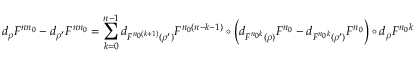
d _ { \rho } F ^ { n n _ { 0 } } - d _ { \rho ^ { \prime } } F ^ { n n _ { 0 } } = \sum _ { k = 0 } ^ { n - 1 } d _ { F ^ { n _ { 0 } ( k + 1 ) } ( \rho ^ { \prime } ) } F ^ { n _ { 0 } ( n - k - 1 ) } \circ \left( d _ { F ^ { n _ { 0 } k } ( \rho ) } F ^ { n _ { 0 } } - d _ { F ^ { n _ { 0 } k } ( \rho ^ { \prime } ) } F ^ { n _ { 0 } } \right) \circ d _ { \rho } F ^ { n _ { 0 } k }